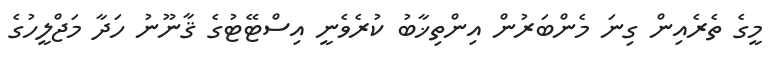
މީގެ ތެރެއިން ގިނަ މެންބަރުން އިންތިޚާބު ކުރެވެނީ އިސްޓޭޓުގެ ޤާނޫނު ހަދާ މަޖްލީހުގެ